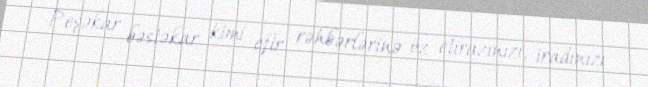
Peşəkar bəstəkar kimi efir rəhbərlərinə öz etirazınızı, iradınızı